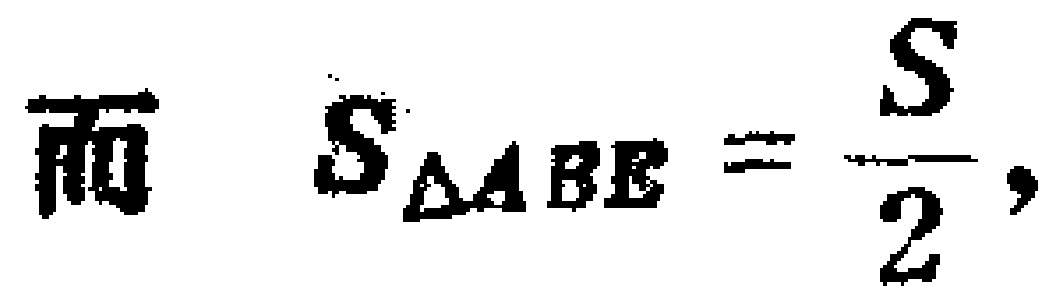
而 \(S_{\triangle ABE}=\frac{S}{2},\)